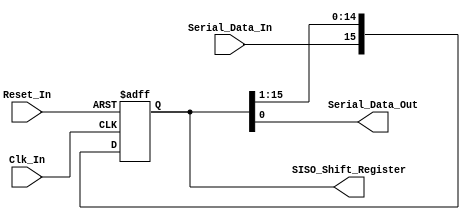
/*
Verilog Code, to implement a Serial-In-Serial-Out - SISO - 16-Bit Shift Register.



Author : Prasad Narayan Ghatol
*/



module Serial_In_Serial_Out_SISO_16_Bit (
    input             Clk_In,
    input             Reset_In,

    input             Serial_Data_In,
    output            Serial_Data_Out,
    output reg [15:0] SISO_Shift_Register
);



// --------------------------------------------------
// Assignments
// --------------------------------------------------
assign Serial_Data_Out = SISO_Shift_Register[0];



// --------------------------------------------------
// Serial-In-Serial-Out - SISO - 16-Bit Shift Register Logic
// --------------------------------------------------
always @ (negedge Clk_In or posedge Reset_In)
    begin
        if (Reset_In)
            begin
                SISO_Shift_Register <= 16'b0;
            end
        else
            begin
                SISO_Shift_Register[15] <= Serial_Data_In;
                SISO_Shift_Register[14] <= SISO_Shift_Register[15];
                SISO_Shift_Register[13] <= SISO_Shift_Register[14];
                SISO_Shift_Register[12] <= SISO_Shift_Register[13];
                SISO_Shift_Register[11] <= SISO_Shift_Register[12];
                SISO_Shift_Register[10] <= SISO_Shift_Register[11];
                SISO_Shift_Register[9]  <= SISO_Shift_Register[10];
                SISO_Shift_Register[8]  <= SISO_Shift_Register[9];
                SISO_Shift_Register[7]  <= SISO_Shift_Register[8];
                SISO_Shift_Register[6]  <= SISO_Shift_Register[7];
                SISO_Shift_Register[5]  <= SISO_Shift_Register[6];
                SISO_Shift_Register[4]  <= SISO_Shift_Register[5];
                SISO_Shift_Register[3]  <= SISO_Shift_Register[4];
                SISO_Shift_Register[2]  <= SISO_Shift_Register[3];
                SISO_Shift_Register[1]  <= SISO_Shift_Register[2];
                SISO_Shift_Register[0]  <= SISO_Shift_Register[1];
            end
    end



endmodule